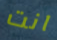
انت